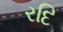
રદિ